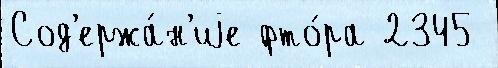
Сод'ержа́н'иjе фто́ра 2345